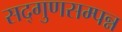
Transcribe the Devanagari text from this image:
सद्गुणसम्पन्न